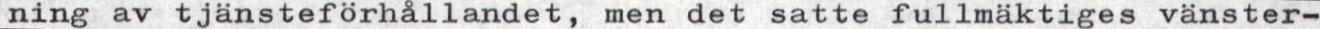
ning av tjänsteförhållandet, men det satte fullmäktiges vänster-